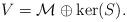
LaTeX: \begin{align*} V = \mathcal{M} \oplus \operatorname{ker}(S).\end{align*}